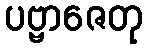
ပဗ္ဗာဇေတု